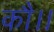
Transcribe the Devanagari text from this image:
कौ।।